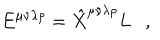
LaTeX: E ^ { \mu \nu \lambda \rho } = \hat { X } ^ { \mu \nu \lambda \rho } L ,